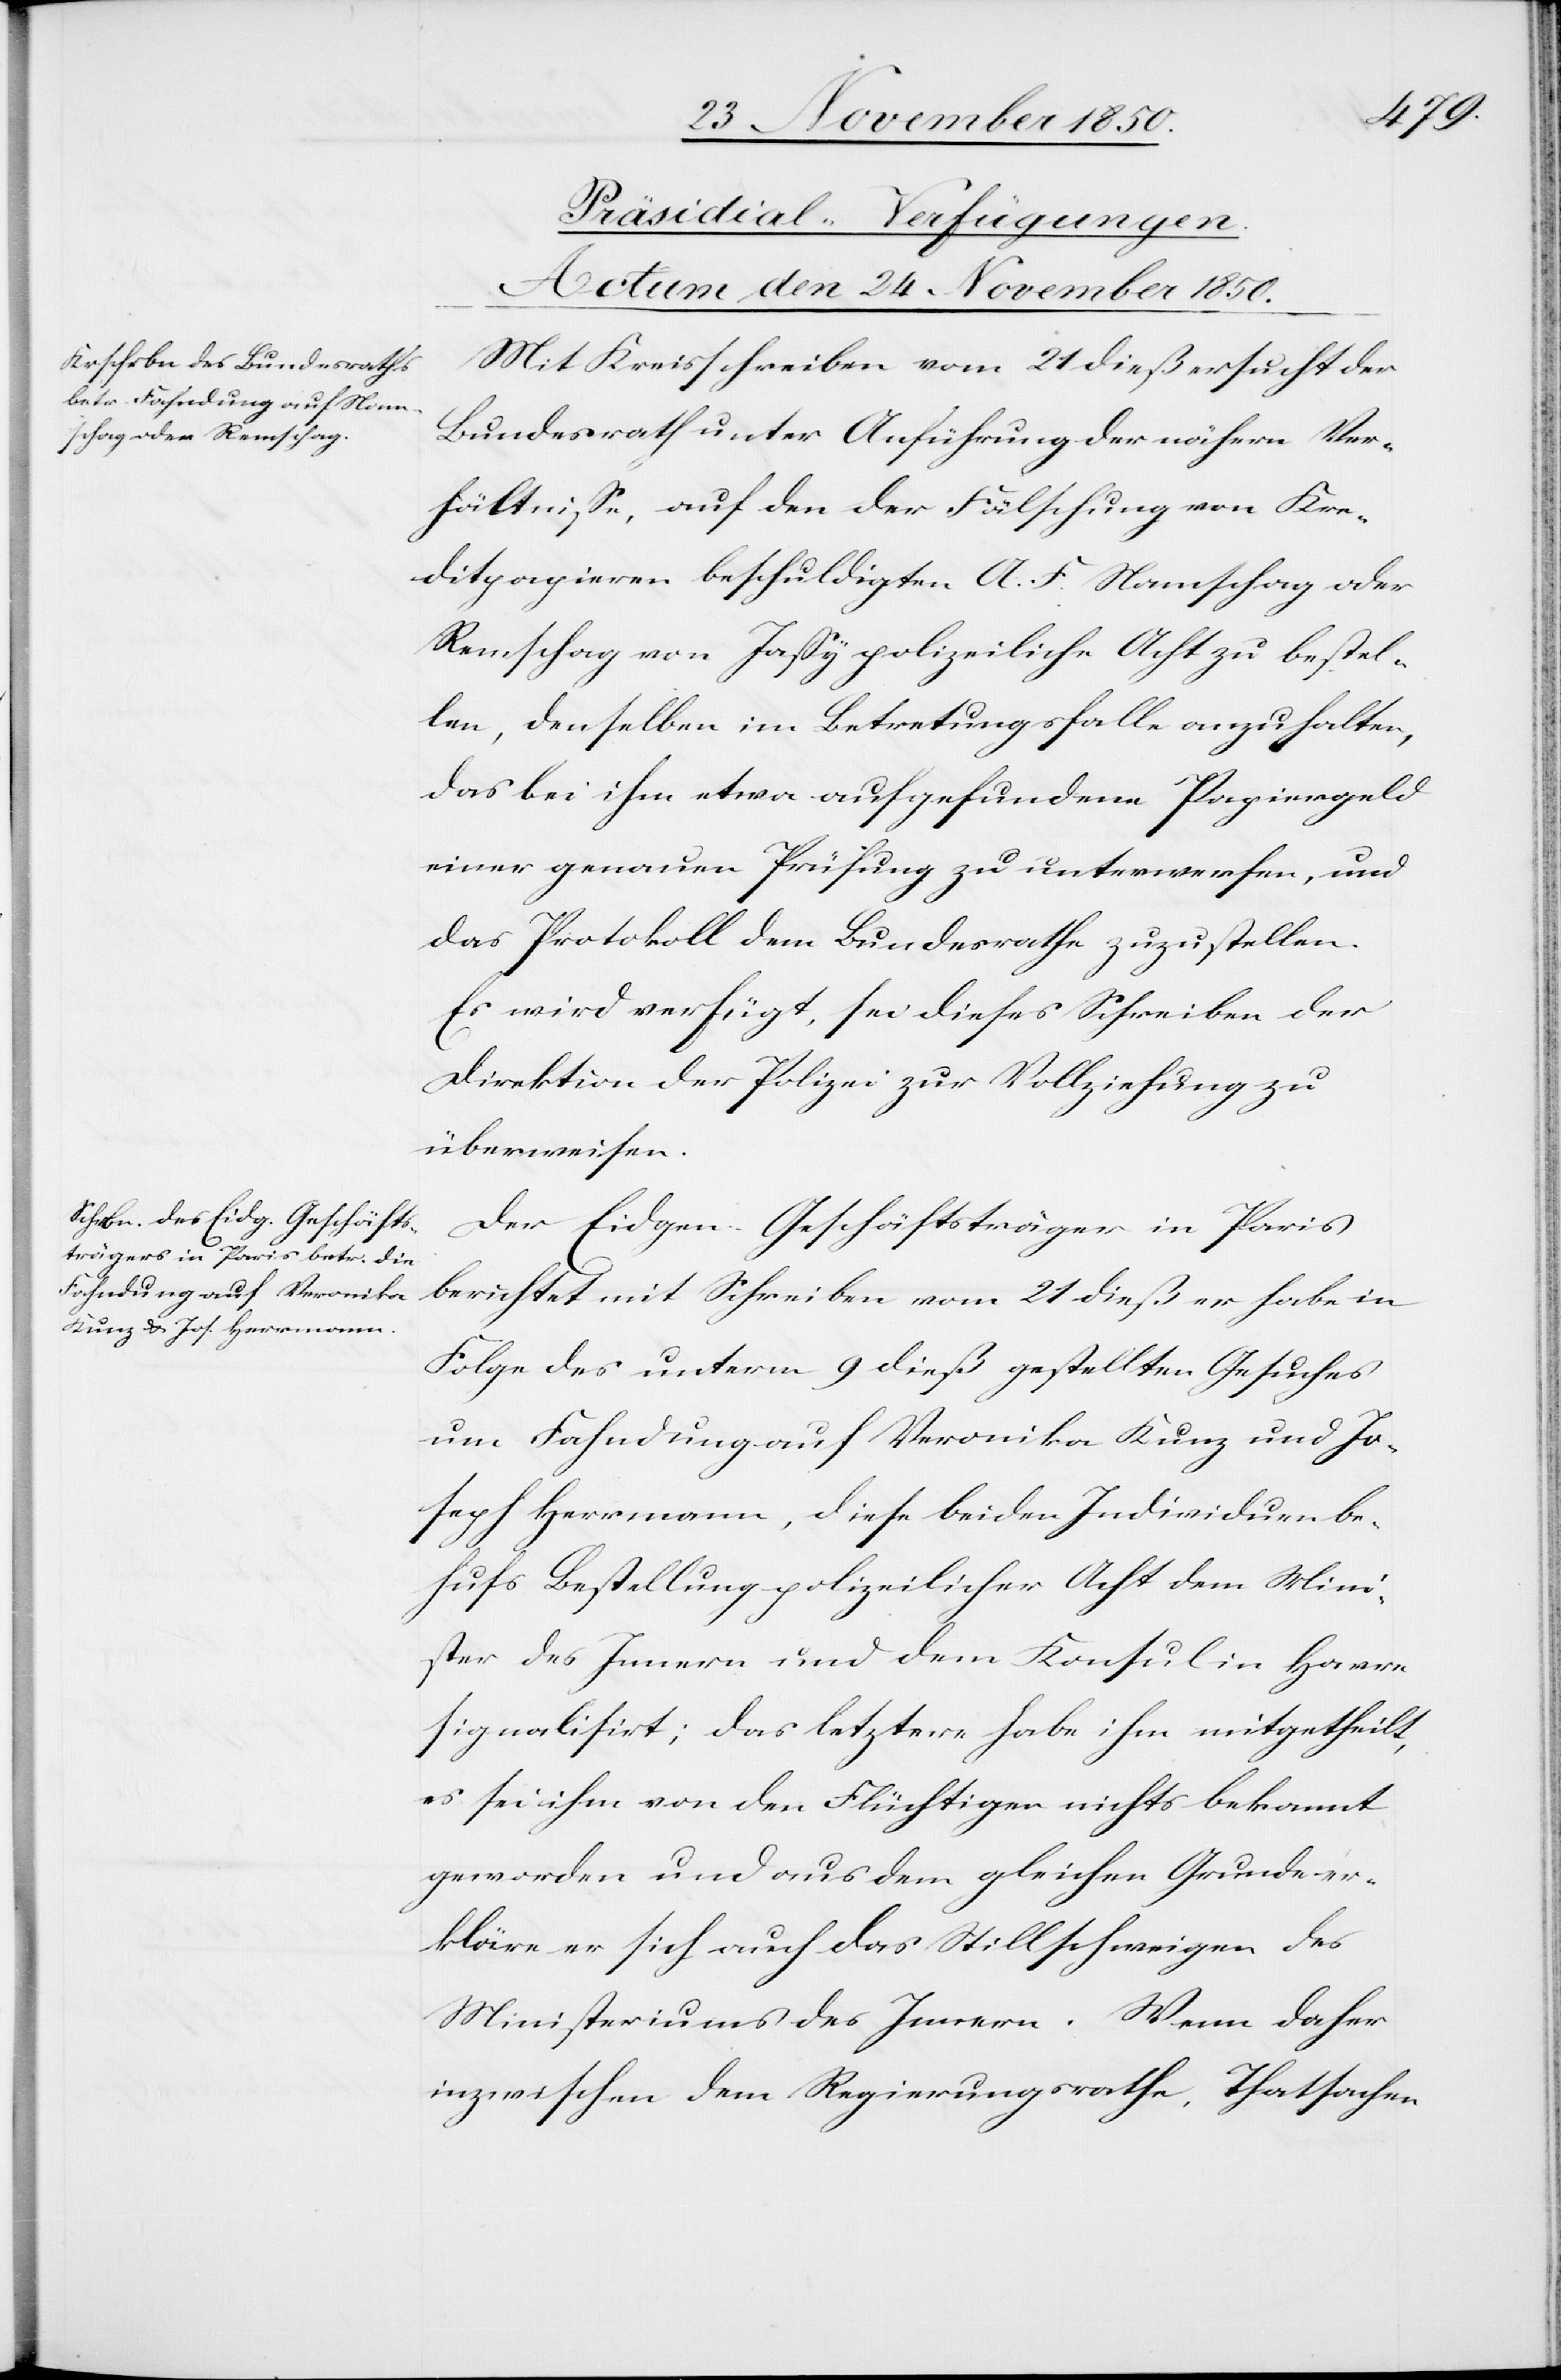
[Präsidial-Verfügungen.
Actum den 24 November 1850.]
Mit Kreisschreiben vom 21 dieß ersucht der
Bundesrath unter Anführung der nähern Ver¬
hältnisse, auf den der Fälschung von Kre¬
ditpapieren beschuldigten A. F. Namschag oder
Remschag von Jassy polizeiliche Acht zu bestel¬
len, denselben im Betretungsfalle anzuhalten,
das bei ihm etwa aufgefundene Papiergeld
einer genauen Prüfung zu unterwerfen, und
das Protokoll dem Bundesrathe zuzustellen.
Es wird verfügt, sei dieses Schreiben der
Direktion der Polizei zur Vollziehung zu
überweisen.
Der Eidgen. Geschäftsträger in Paris
berichtet mit Schreiben vom 21 dieß er habe in
Folge des unterm 9 dieß gestellten Gesuches
um Fahndung auf Veronika Kunz und Jo¬
seph Hermann, diese beiden Individuen be¬
hufs Bestellung polizeilicher Acht dem Mini¬
ster des Innern und dem Konsul in Havre
signalisirt; das letztere habe ihm mitgetheilt,
es sei ihm von den Flüchtigen nichts bekannt
geworden und aus dem gleichen Grunde er¬
kläre er sich auch das Stillschweigen des
Ministeriums des Innern. Wenn daher
inzwischen dem Regierungsrathe, Thatsachen